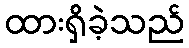
ထားရှိခဲ့သည်